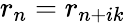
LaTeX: r_{n}=r_{n+ik}